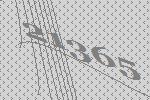
21365